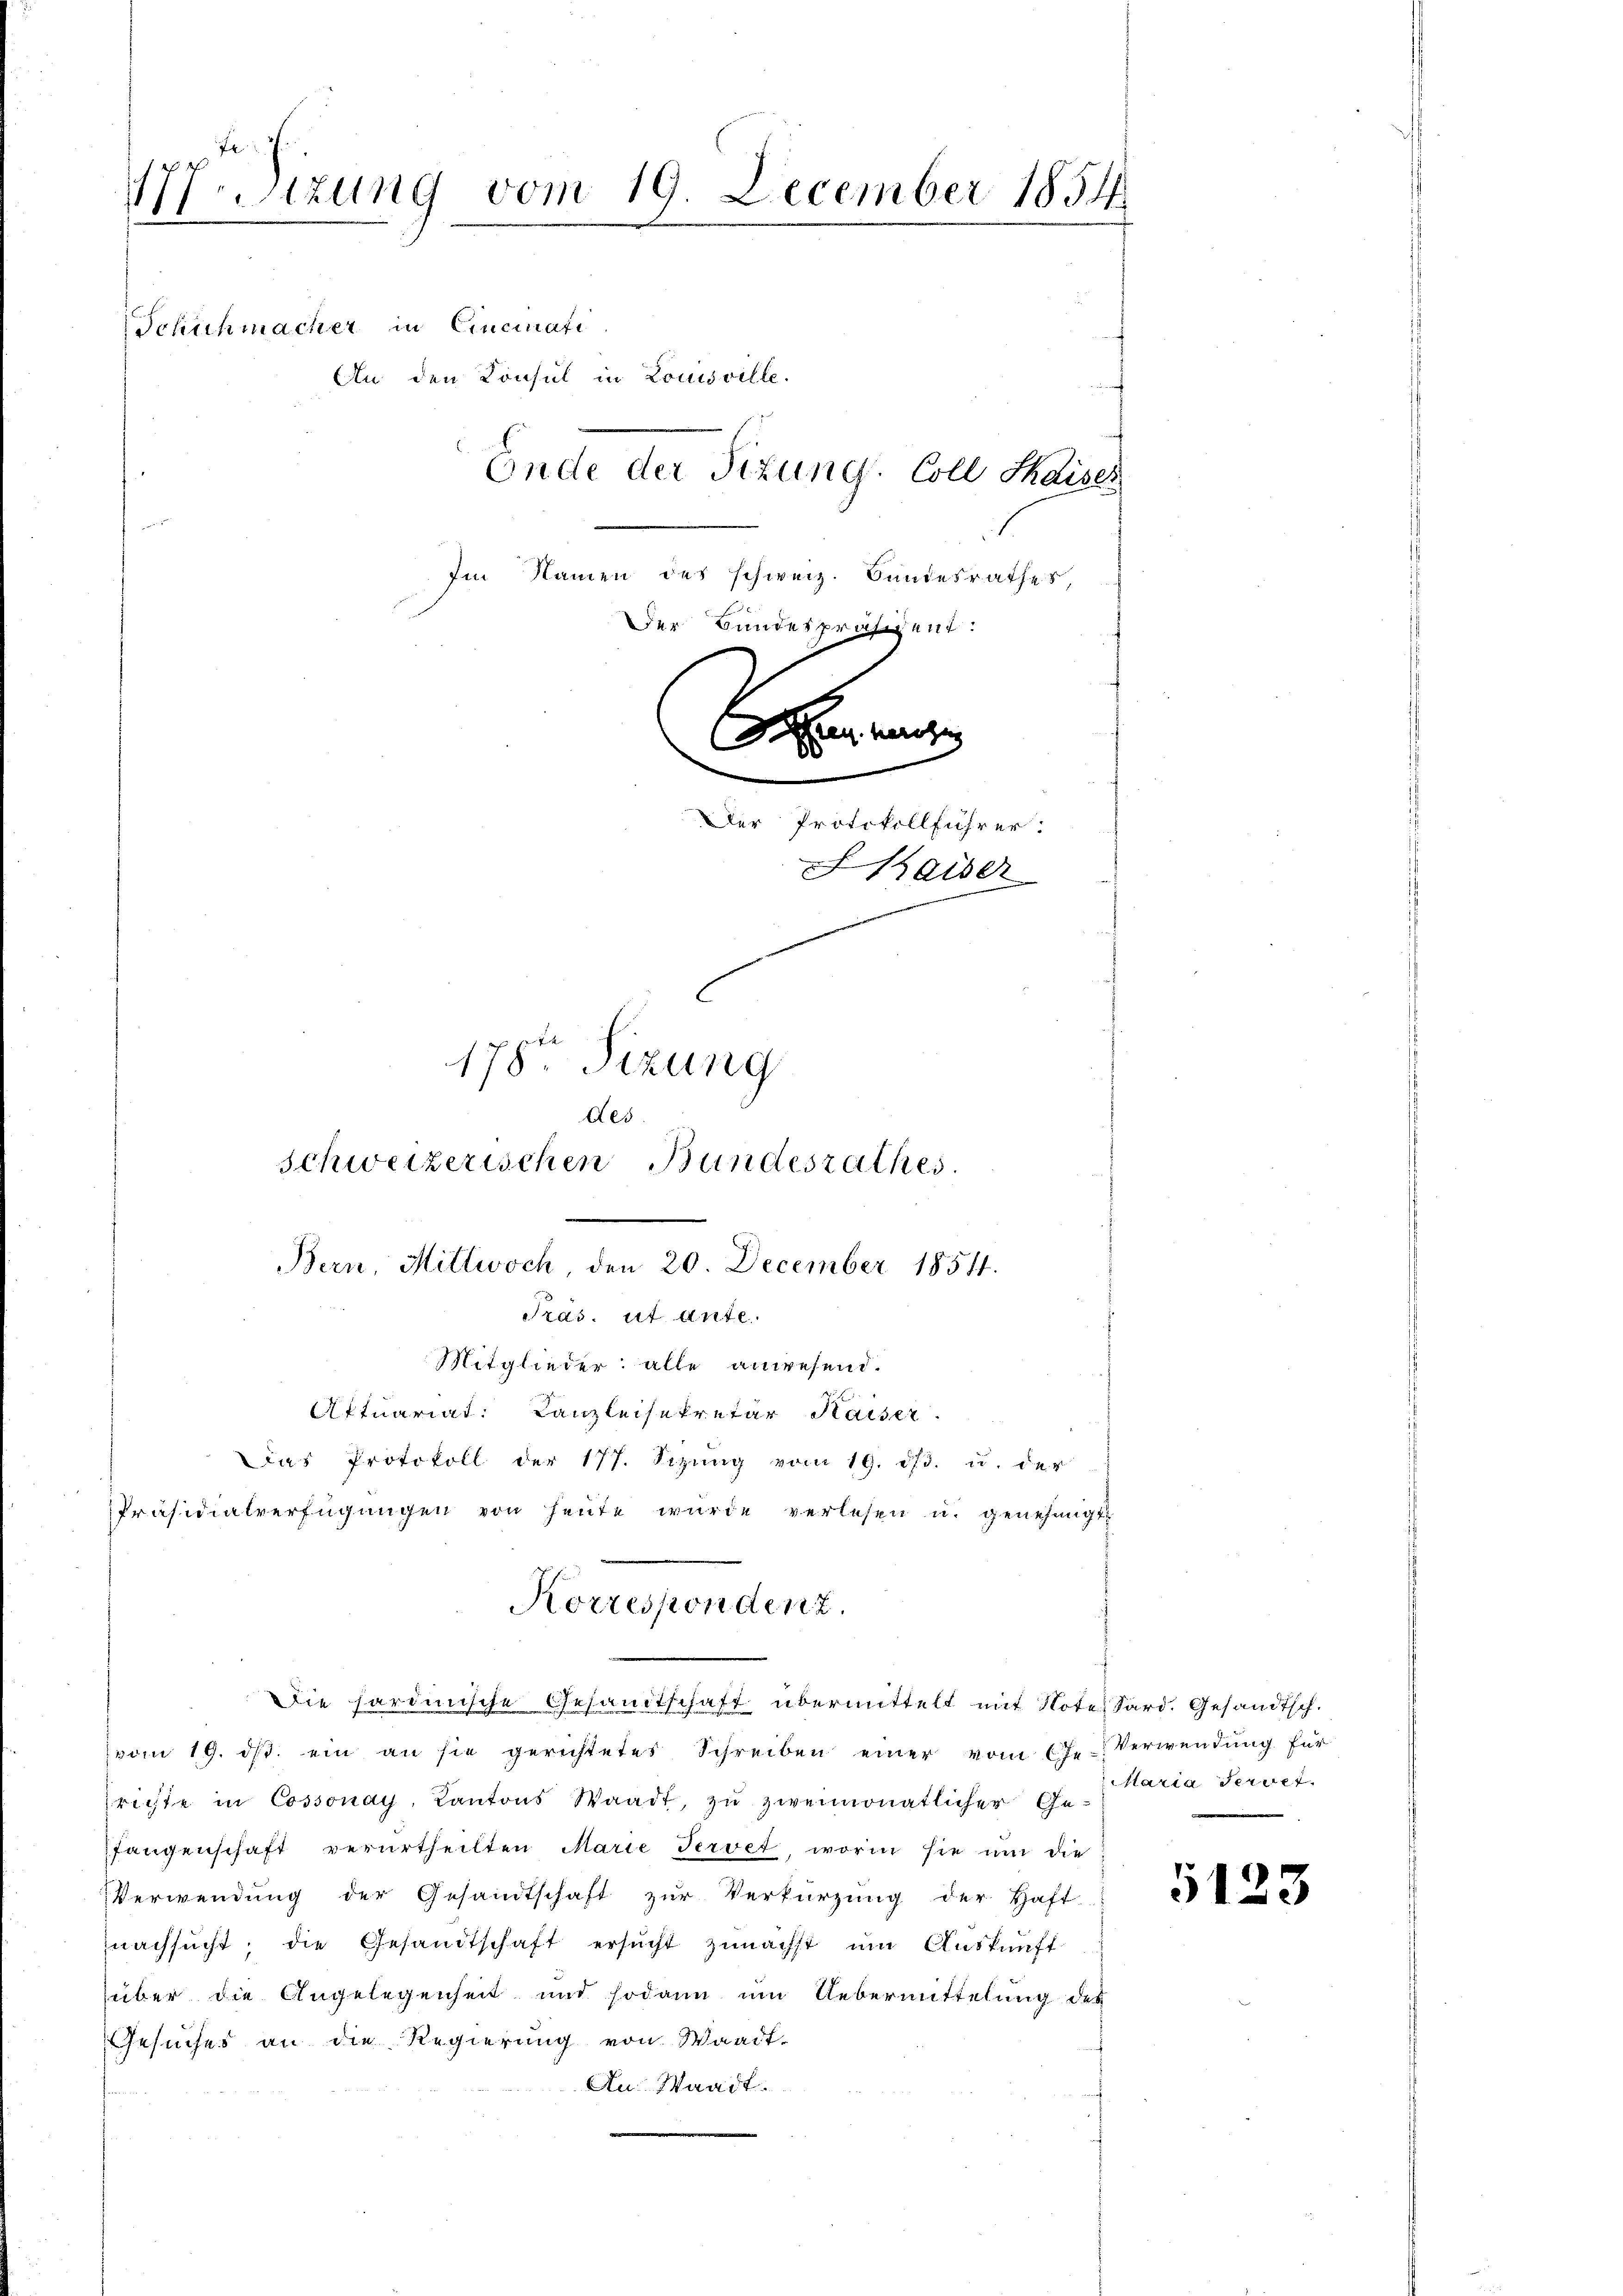
177. Sizung vom 19. December 1854.
Schuhmacher in Cincinati
An den Consul in Louisville.
Ende der Sizung. Coll dises
Im Namen des schweiz. Bundesrathes,
Der Bundespräsident:
2.
Ahren verze
00
Der Protokollführer:
haiser
178ten Sizung
des
schweizerischen Bundesrathes.

Bern, Mittwoch, den 20. December 18511.
Pras. ut Ante
Mitglieder: alle anwesend.
Aftuariat. Canzleisekretär Kaiser.
Das Protokoll der 177. Sizŭng vom 19. ds. u. der
Präsidialverfügŭngen von heute wurde verlesen u. genehmigt.
Korrespondenz.
Die hardinische Gesandtschaft übermittelt mit Note Sard. Gesandtsch.

vom 19. ds. ein an sie gerichtetes Schreiben einer vom 6te Verwendŭng für
srichte in Cossonay, Kantons Waadt, zŭ zweimonatlicher Ge-
fangenschaft verurtheilten Marie Tervet, worin sie um die
Verwendung der Gesandtschaft zur Verkürzung der Haft-
nachsucht, die Gesandtschaft ersŭcht zunächst um Auskunft
über die Angelegenheit und sodann um Uebermittelung des
Gesuches an die Regierung von Waadt-
An Waadt.

aria Fernet.

1123